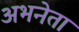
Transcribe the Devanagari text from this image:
अभनेता